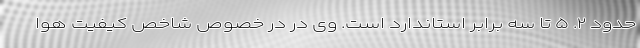
حدود ۲. ۵ تا سه برابر استاندارد است. وی در در خصوص شاخص کیفیت هوا